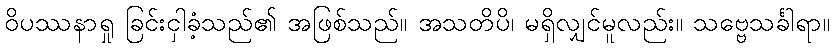
ဝိပဿနာရှု ခြင်းငှါခံ့သည်၏ အဖြစ်သည်။ အသတိပိ၊ မရှိလျှင်မူလည်း။ သဗ္ဗေသင်္ခါရာ။